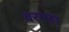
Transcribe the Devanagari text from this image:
बरमहा